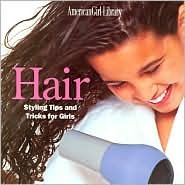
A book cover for Hair: Styling Tips and Tricks for Girls (American Girl Library Series) by Jim Jordan (Photographer); by Jim Jordan (Photographer); Health, Fitness & Dieting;